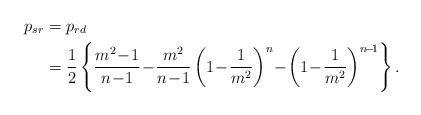
LaTeX: \begin{align*}p_{sr} &= p_{rd} \\ &= \frac{1}{2}\left\{\frac{m^2\!-\!1}{n\!-\!1}\!-\!\frac{m^2}{n\!-\!1}\left(1\!-\!\frac{1}{m^2}\right)^n\!-\!\left(1\!-\!\frac{1}{m^2}\right)^{n\!-\!1} \right\}. \end{align*}